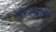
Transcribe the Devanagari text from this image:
परश्याने